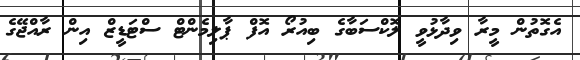
އެގޮތުން މީރާ ވިދާޅުވީ ލޮކްސަބާގެ ބިއުރޯ އޮފް ޕާލިމެންޓް ސްޓަޑީޒް އިން ރާއްޖޭގެ